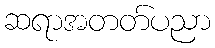
ဆရာအတတ်ပညာ